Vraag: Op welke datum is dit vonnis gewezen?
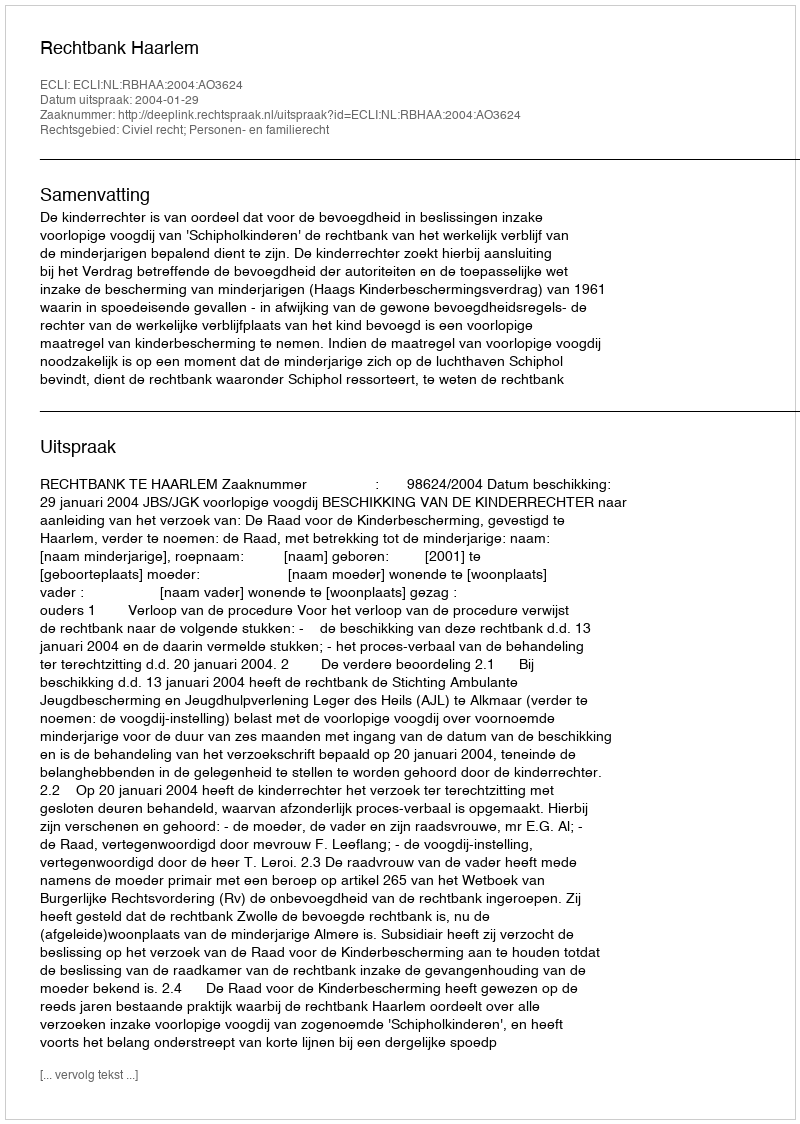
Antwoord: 2004-01-29